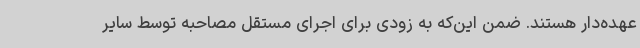
عهده‌دار هستند. ضمن این‌که به زودی برای اجرای مستقل مصاحبه توسط سایر